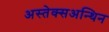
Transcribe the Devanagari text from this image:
अस्तेक्सअन्थिन